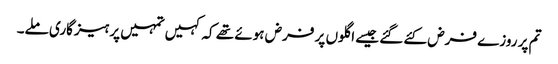
تم پر روزے فرض کئے گئے جیسے اگلوں پر فرض ہوئے تھے کہ کہیں تمہیں پرہیزگاری ملے۔